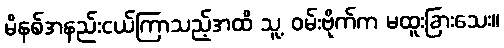
မိနစ်အနည်းငယ်ကြာသည့်အထိ သူ့ ဝမ်းဗိုက်က မထူးခြားသေး။